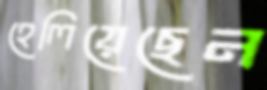
হেলিয়েছেন